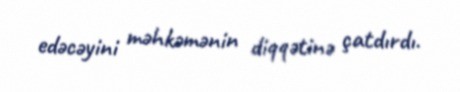
edəcəyini məhkəmənin diqqətinə çatdırdı.